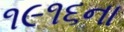
૧૯૧૬ના